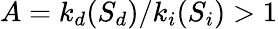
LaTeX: A={k_{d}(S_{d})}/{k_{i}(S_{i})}>1